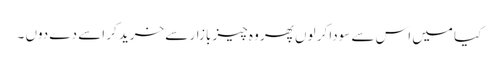
کیا میں اس سے سودا کر لوں پھر وہ چیز بازار سے خرید کر اسے دے دوں ۔